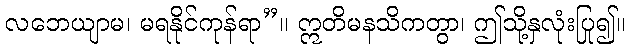
လဘေယျာမ၊ မရနိုင်ကုန်ရာ”။ ဣတိမနသိကတွာ၊ ဤသို့နှလုံးပြု၍။